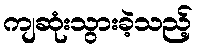
ကျဆုံးသွားခဲ့သည့်